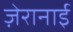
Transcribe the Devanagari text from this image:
ज़ेरानाई